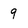
Character: 9